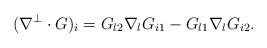
LaTeX: \begin{align*}(\nabla^\perp\cdot G)_i=G_{l2}\nabla_l G_{i1}-G_{l1}\nabla_l G_{i2}.\end{align*}